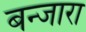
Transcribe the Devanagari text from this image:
बन्जारा